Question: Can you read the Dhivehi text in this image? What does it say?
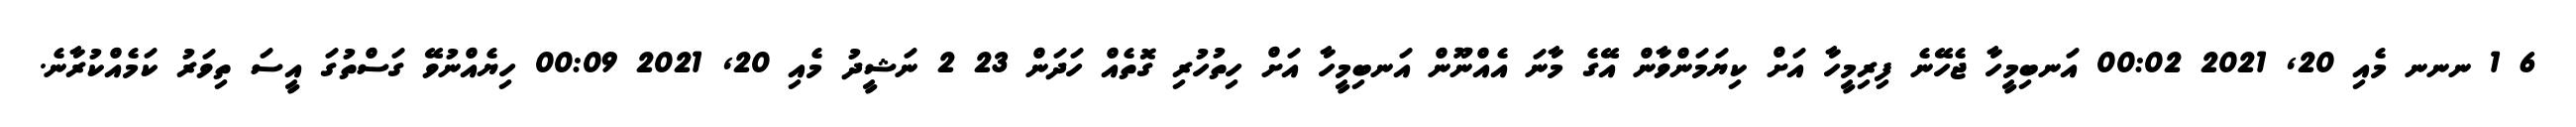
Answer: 6 1 ނނނ މެއި 20, 2021 00:02 އަނބިމީހާ ޖެހޭނެ ފިރިމީހާ އަށް ކިޔަމަންވާން އޭގެ މާނަ އެއްނޫން އަނބިމީހާ އަށް ހިތުހުރި ގޮތެއް ހަދަން 23 2 ނަޝީދު މެއި 20, 2021 00:09 ހިޔެއްނުވޭ ގަސްތުގަ އީސަ ތިވަރު ކަމެއްކުރާނެ.